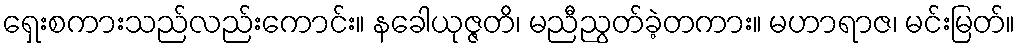
ရှေးစကားသည်လည်းကောင်း။ နခေါယုဇ္ဇတိ၊ မညီညွတ်ခဲ့တကား။ မဟာရာဇ၊ မင်းမြတ်။